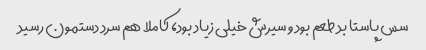
سس پاستا بد طعم بود و سیرش خیلی زیاد بود، کاملا هم سرد دستمون رسید